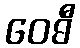
ဝေဓီ